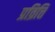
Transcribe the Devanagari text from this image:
प्रव्रित्ति